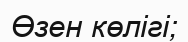
Өзен көлігі;